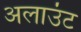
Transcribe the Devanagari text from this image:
अलाउंट